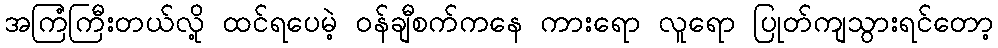
အကြံကြီးတယ်လို့ ထင်ရပေမဲ့ ၀န်ချီစက်ကနေ ကားရော လူရော ပြုတ်ကျသွားရင်တော့